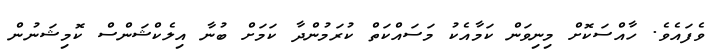
ވެފައެވެ. ހާއްސަކޮށް މިނިވަން ކަމާއެކު މަސައްކަތް ކުރަމުންދާ ކަމަށް ބުނާ އިލެކްޝަންސް ކޮމިޝަނުން